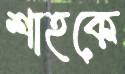
শাহকে